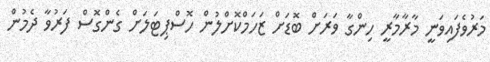
މަރުވެފައިވަނީ މާރާމާރީ ހިންގާ ވަރަށް ބޮޑަށް ޒަހަމްކޮށްލުން ހޮސްޕިޓަލަށް ގެންގޮސް ފަރުވާ ދެމުން